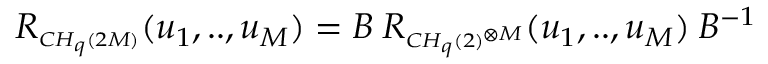
R _ { \scriptscriptstyle C H _ { q } ( 2 M ) } ( u _ { 1 } , . . , u _ { M } ) = B \: R _ { \scriptscriptstyle C H _ { q } ( 2 ) ^ { \otimes M } } ( u _ { 1 } , . . , u _ { M } ) \: B ^ { - 1 } \,